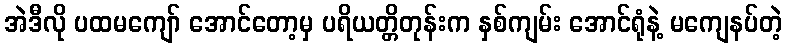
အဲဒီလို ပထမကျော် အောင်တော့မှ ပရိယတ္တိတုန်းက နှစ်ကျမ်း အောင်ရုံနဲ့ မကျေနပ်တဲ့